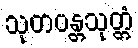
သုတဝန္တသုတ္တံ